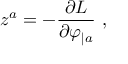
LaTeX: z ^ { a } = - { \frac { \partial { \cal L } } { \partial \varphi _ { | a } } } \ ,